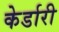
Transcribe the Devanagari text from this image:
केर्डारी